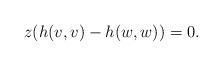
LaTeX: \begin{align*}z(h(v,v) - h(w,w))=0.\end{align*}